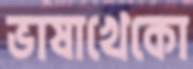
ভাষাখেকো